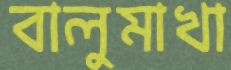
বালুমাখা